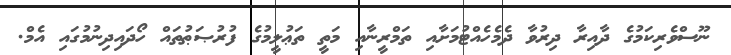
ނޫސްވެރިކަމުގެ ދާއިރާ ދިރުވާ ދެމެހެއްޓުމަށާއި ތަމްރީނާއި މަތީ ތަޢުލީމުގެ ފުރުޞަޠުތައް ހޯދައިދިނުމުގައި އެމް.